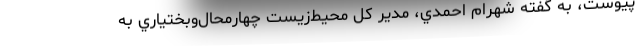
پيوست، به گفته شهرام احمدي، مدير كل محيط‌زيست چهارمحال‌وبختياري به